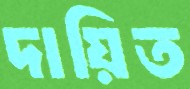
দায়িত